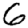
Digit: 6